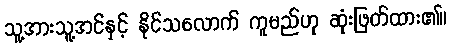
သူ့အားသူ့အင်နှင့် နိုင်သလောက် ကူမည်ဟု ဆုံးဖြတ်ထား၏။